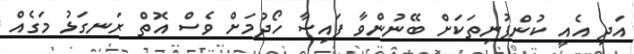
އަދި އެއީ ކުންފުނިތަކަށް ބޭނުންވާ ފައިސާ ހޯދުމަށް ވެސް އޮތް ރަނގަޅު މަގެއް